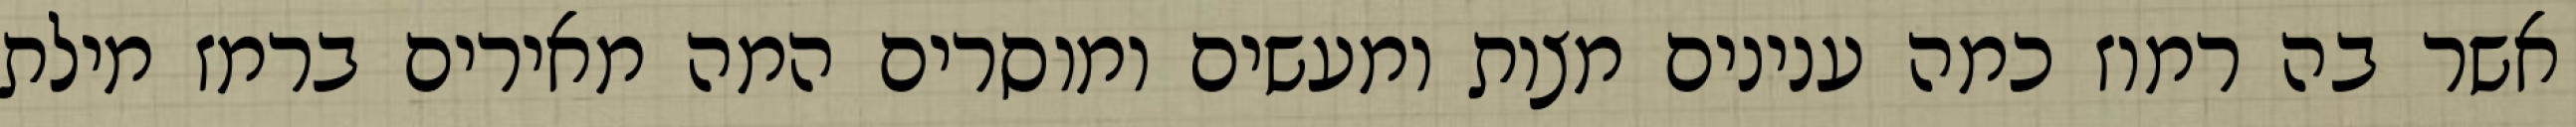
אשר בה רמוז כמה ענינים מצות ומעשים ומוסרים המה מאירים ברמז מילת